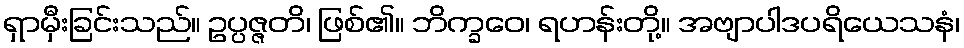
ရှာမှီးခြင်းသည်။ ဥပ္ပဇ္ဇတိ၊ ဖြစ်၏။ ဘိက္ခဝေ၊ ရဟန်းတို့။ အဗျာပါဒပရိယေသနံ၊